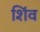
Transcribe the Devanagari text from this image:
शिंव